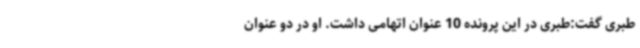
طبری گفت:طبری در این پرونده 10 عنوان اتهامی داشت. او در دو عنوان